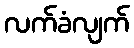
လက်ခံလျက်